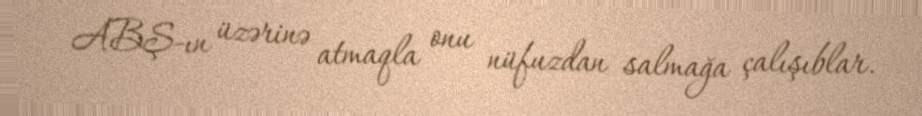
ABŞ-ın üzərinə atmaqla onu nüfuzdan salmağa çalışıblar.